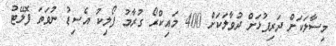
މިސާލަކަށް ދަރިފުޅަށް ދުވާލަކަށް 400 މައިކްރޯ ގުރާމު ފޯލިކު އެސިޑު ނުވަތަ ފޮލޭޓު